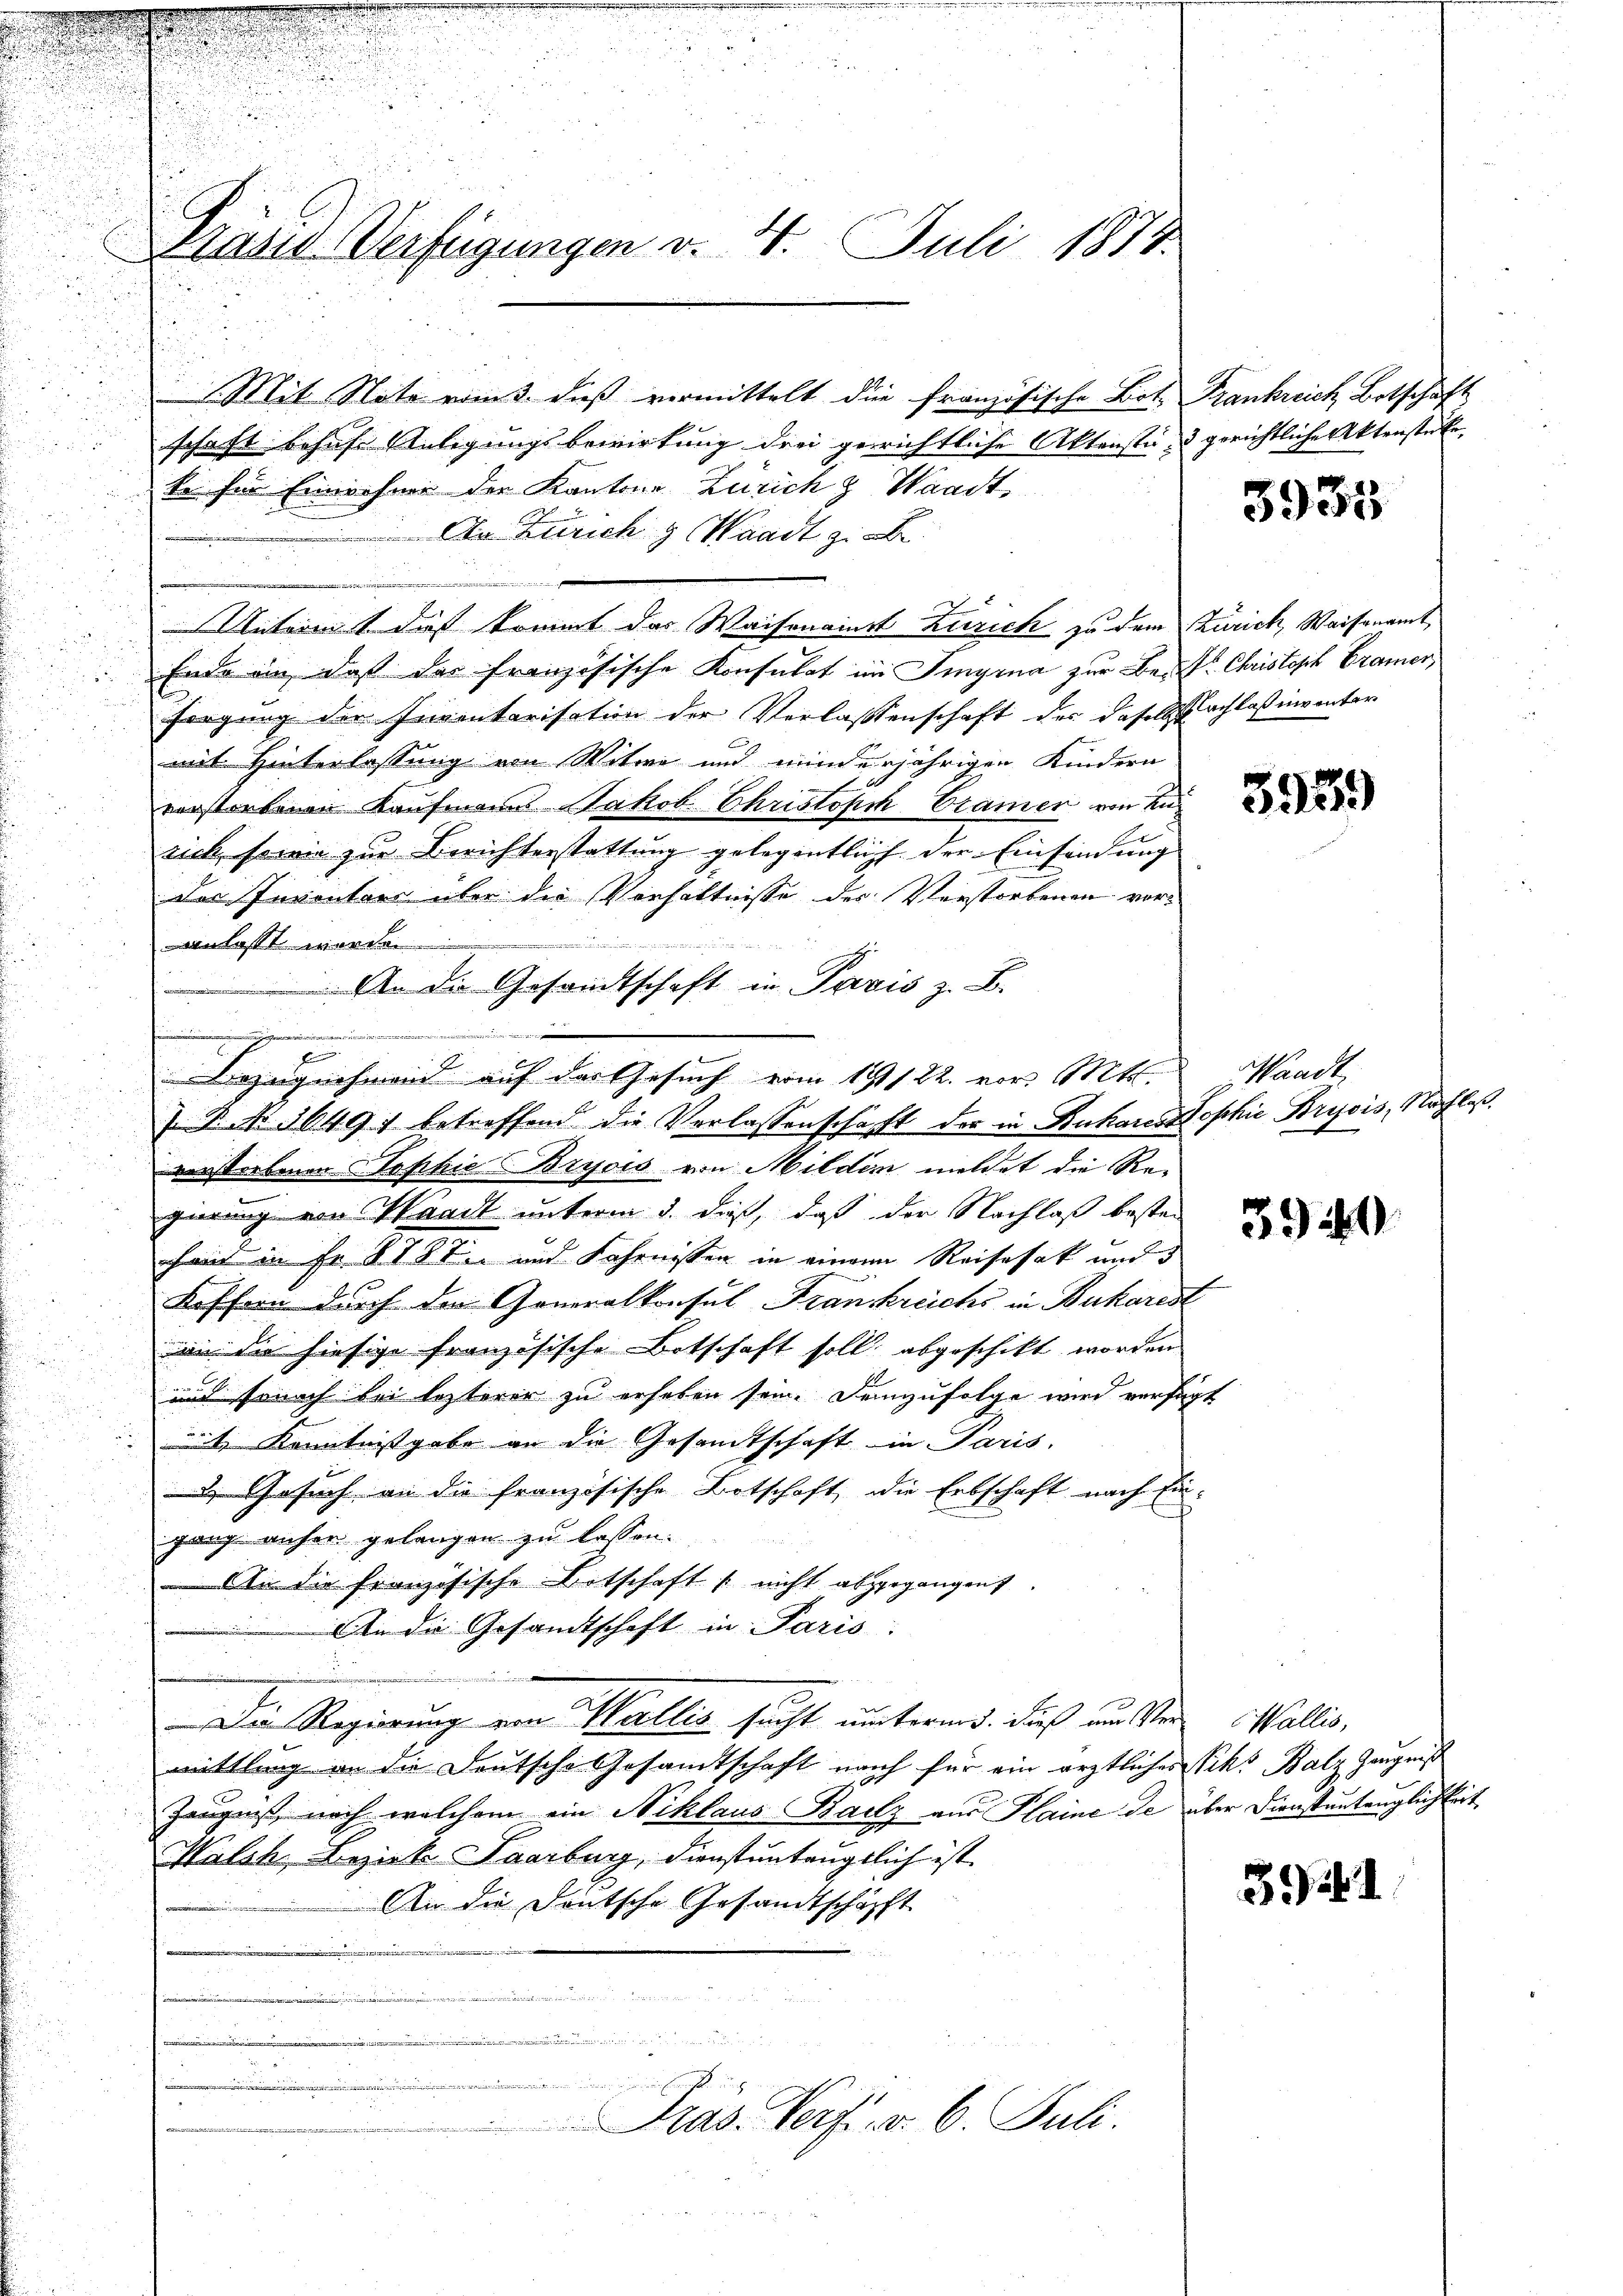
Präsid Verfügungen v. 4. Juli 1874.

Mit Note vom 3. dieß vermittelt die Französische Bot. Frankreich Botschaft
schaft behufe Anlegungsbewirkung drei gewichtliche Aktenste, & gerichtliche Aktenstücke
ko für Einwohner der Kantone Zürich & Waadt,
An Zürich & Waadt z. B.
Materit dies kommt das Waisenainst Zürich zu dem Zürich, Waisenamt,
Ende an, daß der französische Konsulat im Singina zur Be- Dr. Christoph Cramen
sorgung der Inventarisation der Verlassenschaft des daselbst achlaß inrunter
mit Hinterlassung von Witwe und minderjährigen Kindern
verstorbenen Kaufmann Jakob Christoph Cramer von Lurick, sowie zur Berichterstattung gelegentlich der Einsendung
des Inventars über die Verhältnisse der Vorstorbenen vor¬
Anlasst worden.
n
J. R. No. 36497 betreffend die Verlassenschaft der in Ruharosophie Bryjois, Nachlaßverstorbenen Sophie Bryois von Milder meldet die Regerung von Waadt unterm 3. daß, daß der Nachlaß besten
hand in Fr. 1787 und Fahrnissen in einem Reisesak und d
Keffern durch den Generalkonsul Franckreichs in Bukarest
an die hiesige französische Botschaft soll abgeschikt worden
und sonach bei lezterer zu erheben sein. Demzufolge wird verfügt
it, Kenntnissgabe an die Gesandtschaft in Paris.
 Gesuch an die französische Botschaft, die Erbschaft nach Ein-
gang anher gelangen zu lassen.
An die französische Botschaft nicht abgegangen.
An die Gesandtschaft in Paris.
i
Der Regierung von Wallis sucht unterm 5. dieß am Verallis,
mittlung an die Deutsche Gesandtschaft nach für ein ärztliches Nik. Balz Zeugniß
Zeugnis noch welchem ein Niklaus Bailz aus Plaine de über Dienstantenglichkeit
Halsh, Bezirks Saarburg, dienstuntaugtlich ist.
An die Deutsche Gesandtschäft
e
e

L
ud
B
.
Präs. Verf. v. 6. Juli.

An die Gesandtschaft in Paris z. B.

Bezugnehmend auf der Gesuch vom 14122. vor. Mts. Waadt,

3955

3951)

3949

312. d.